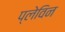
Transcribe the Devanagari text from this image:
प्लेविन